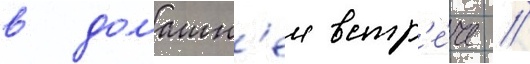
в домашн'еи встр'е́че //